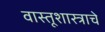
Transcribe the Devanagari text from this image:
वास्तूशास्त्राचे